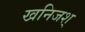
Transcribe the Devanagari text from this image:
खनिजश्